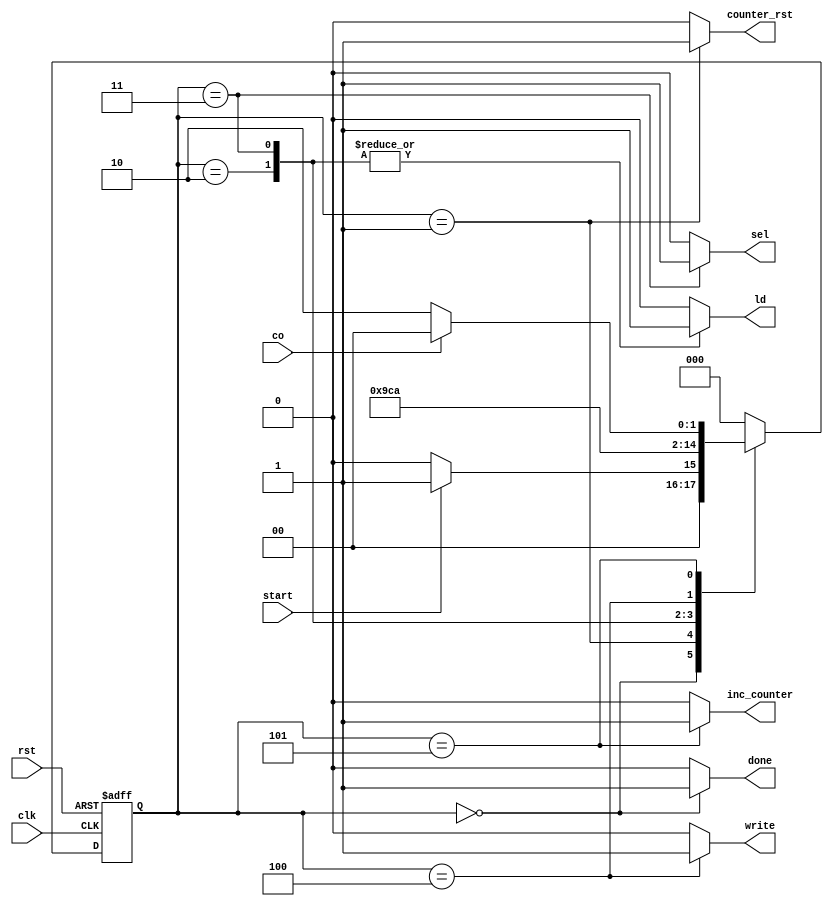
`timescale 1ns/1ns
module add_rc_cu (clk, rst, start, co, sel, ld, done, write, counter_rst, inc_counter);
    input clk, rst, start, co;
	output reg sel, ld, done, write, counter_rst, inc_counter;
	
	wire co;
	reg[2:0] ps,ns;
	parameter [2:0] Idle = 0, Init=1, Load = 2, Calc = 3, Write = 4, Check = 5;

	always@(ps,co,start)begin
		ns=Idle;
		case(ps)
			Idle: ns = (start) ? Init : Idle;
			Init: ns = Load;
			Load: ns = Calc;
			Calc: ns = Write;
            Write: ns = Check;
			Check: ns = (co) ? Idle : Load;
		endcase
	end
	always@(ps,co,start)begin
		{sel, ld, done, write, counter_rst, inc_counter}=7'd0;
		case(ps)
			Idle: begin
				done = 1'b1;
			end
			Init: begin
				counter_rst = 1'b1;
			end
			Load: begin
				ld = 1'b1;
				sel = 1'b0;
			end
			Calc: begin
				sel = 1'b1;
				ld=1'b1;
			end
			Write: begin
				write = 1'b1;
			end
            Check: begin
                inc_counter = 1'b1;
            end

		endcase
	end
	always @(posedge clk , posedge rst) begin
		if(rst) begin
			ps <= Idle;
		end else begin
			ps <= ns;
		end
	end

endmodule